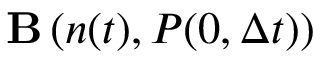
{ \bf B } \left( n ( t ) , P ( 0 , \Delta t ) \right)